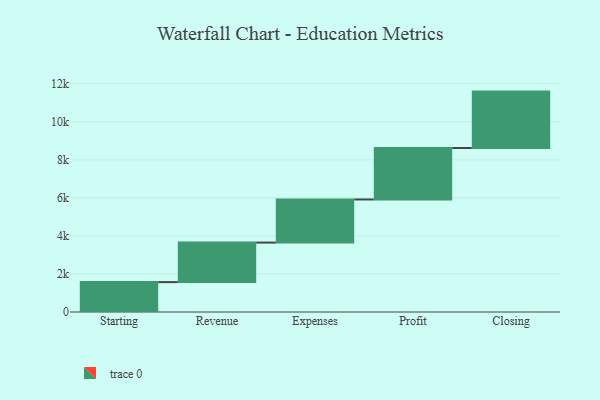
{"axis": {"x": "Step", "y": "Value"}, "legend": [""], "data": [{"x": "Starting", "y": 1571.0, "type": ""}, {"x": "Revenue", "y": 2078.0, "type": ""}, {"x": "Expenses", "y": 2267.0, "type": ""}, {"x": "Profit", "y": 2705.0, "type": ""}, {"x": "Closing", "y": 2966.0, "type": ""}]}